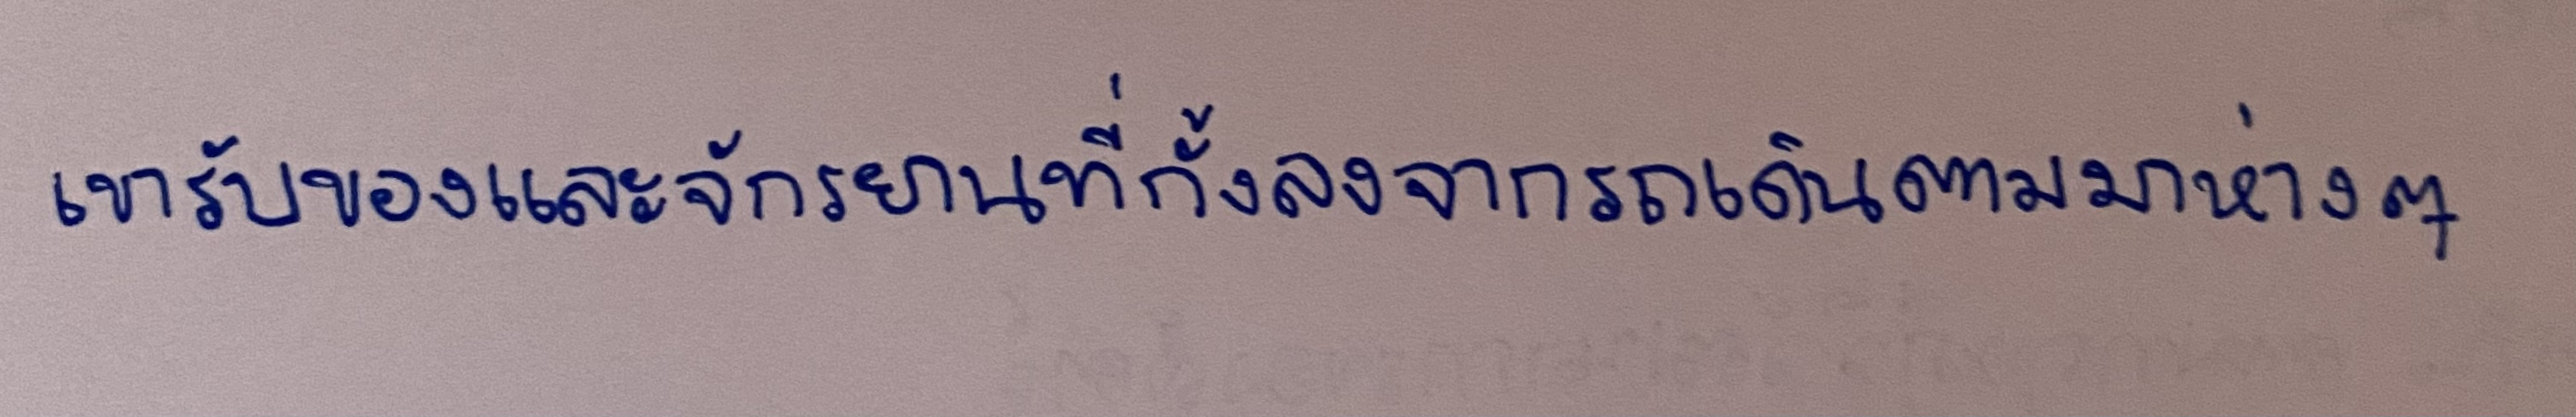
เขารับของและจักรยานที่กั้งลงจากรถเดินตามมาห่างๆ